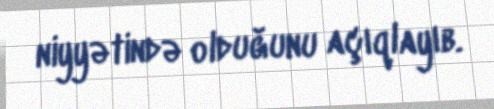
niyyətində olduğunu açıqlayıb.